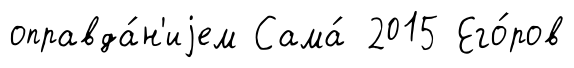
оправда́н'иjем Сама́ 2015 Его́ров